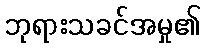
ဘုရားသခင်အမှု၏